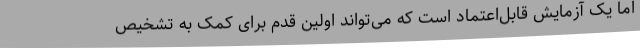
اما یک آزمایش قابل‌اعتماد است که می‌تواند اولین قدم برای کمک به تشخیص